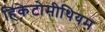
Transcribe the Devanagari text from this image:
हिकेटोमीथियम